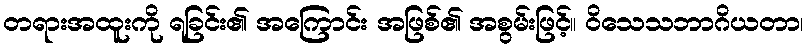
တရားအထူးကို ရခြင်း၏ အကြောင်း အဖြစ်၏ အစွမ်းဖြင့်။ ဝိသေသဘာဂိယတာ၊